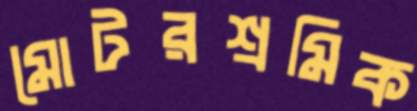
মোটরশ্রমিক